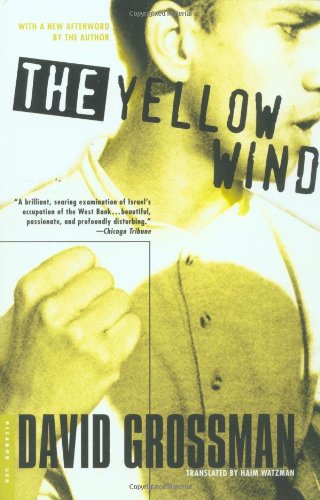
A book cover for The Yellow Wind: With a New Afterword by the Author; David Grossman; Travel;